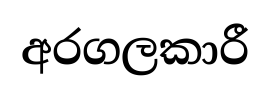
අරගලකාරී